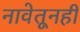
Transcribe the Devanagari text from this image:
नावेतूनही